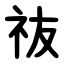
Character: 鿆